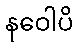
နဝေါပိ